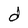
Character: d